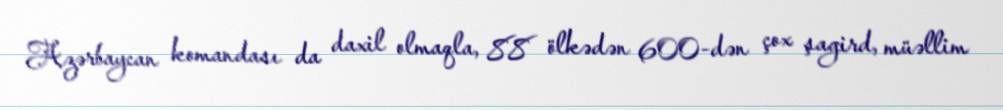
Azərbaycan komandası da daxil olmaqla, 88 ölkədən 600-dən çox şagird, müəllim